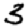
Digit: 3